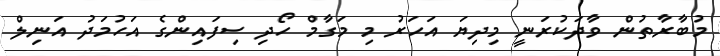
މުބާރާތުން ވާދަކުރަނީ މިދިޔަ އަހަރު މި މަގާމް ހޯދި ސިފައިންގެ އަހުމަދު އަނިލް